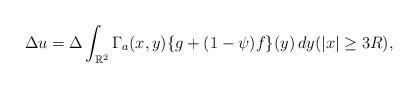
LaTeX: \begin{align*}\Delta u=\Delta \int_{\mathbb R^2}\Gamma_a(x,y)\{g+(1-\psi)f\}(y)\,dy (|x|\geq 3R),\end{align*}